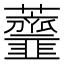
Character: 𧅴